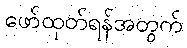
ဖော်ထုတ်ရန်အတွက်